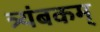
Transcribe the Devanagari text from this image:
त्र्यंबकम्